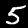
Digit: 5